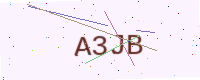
Text: A3JB